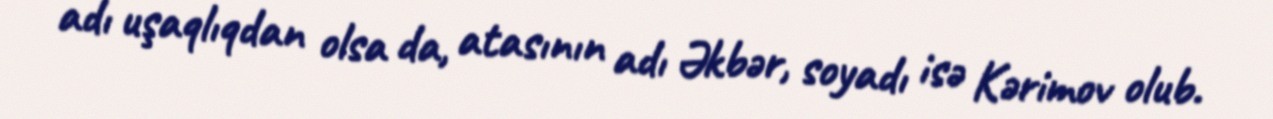
adı uşaqlıqdan olsa da, atasının adı Əkbər, soyadı isə Kərimov olub.